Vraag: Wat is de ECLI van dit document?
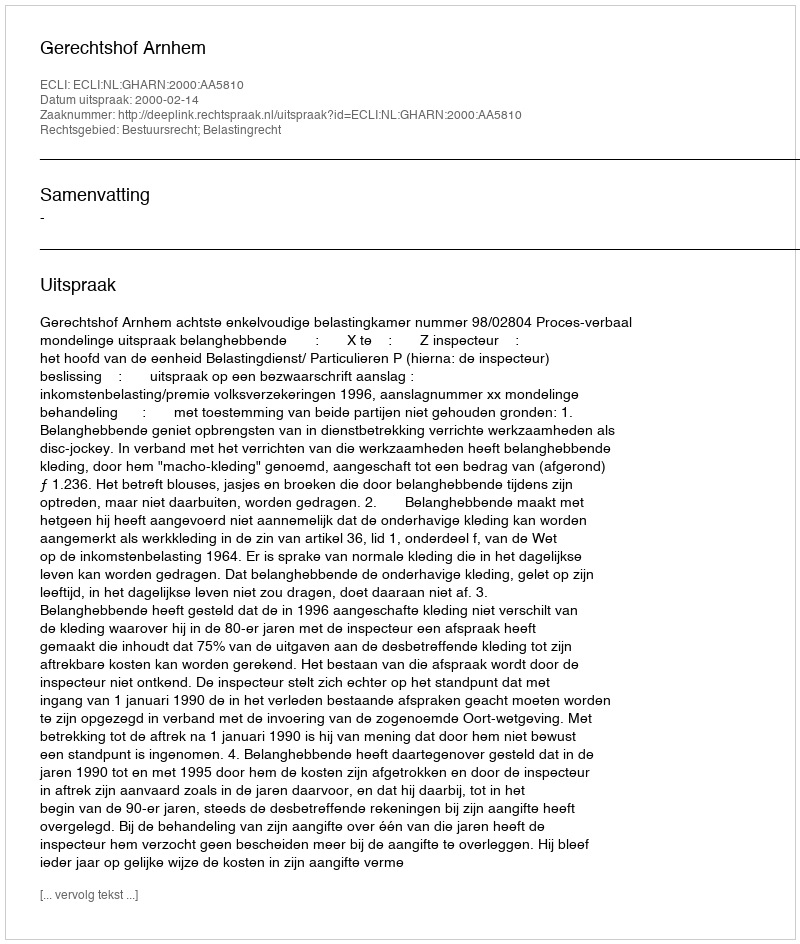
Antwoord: ECLI:NL:GHARN:2000:AA5810